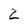
Character: 2